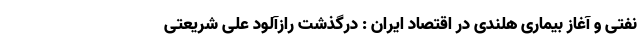
نفتی و آغاز بیماری هلندی در اقتصاد ایران : درگذشت رازآلود علی شریعتی